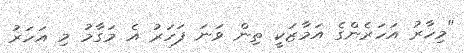
"މިހާރު އަހަރެންގެ އަމާޒަކީ ތިން ވަނަ ފަހަރު އެ މަގާމު މި އަހަރު